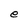
Character: e